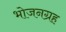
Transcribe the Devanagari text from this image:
भोजनग्रह